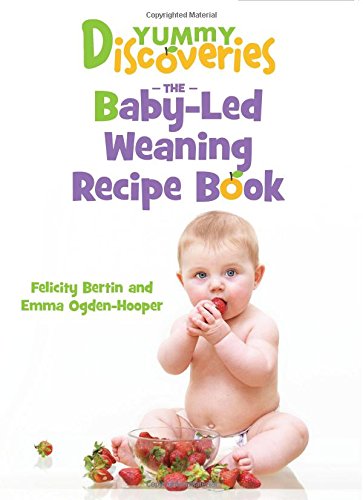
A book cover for Yummy Discoveries: The Baby-Led Weaning Recipe Book; Felicity Bertin; Cookbooks, Food & Wine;